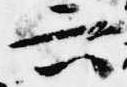
六